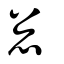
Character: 悤